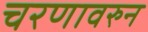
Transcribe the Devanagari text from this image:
चरणावरुन